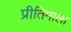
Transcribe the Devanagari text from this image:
प्रीतिमाला